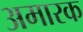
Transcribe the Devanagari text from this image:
अमारक